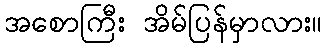
အစောကြီး အိမ်ပြန်မှာလား။